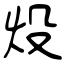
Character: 炈